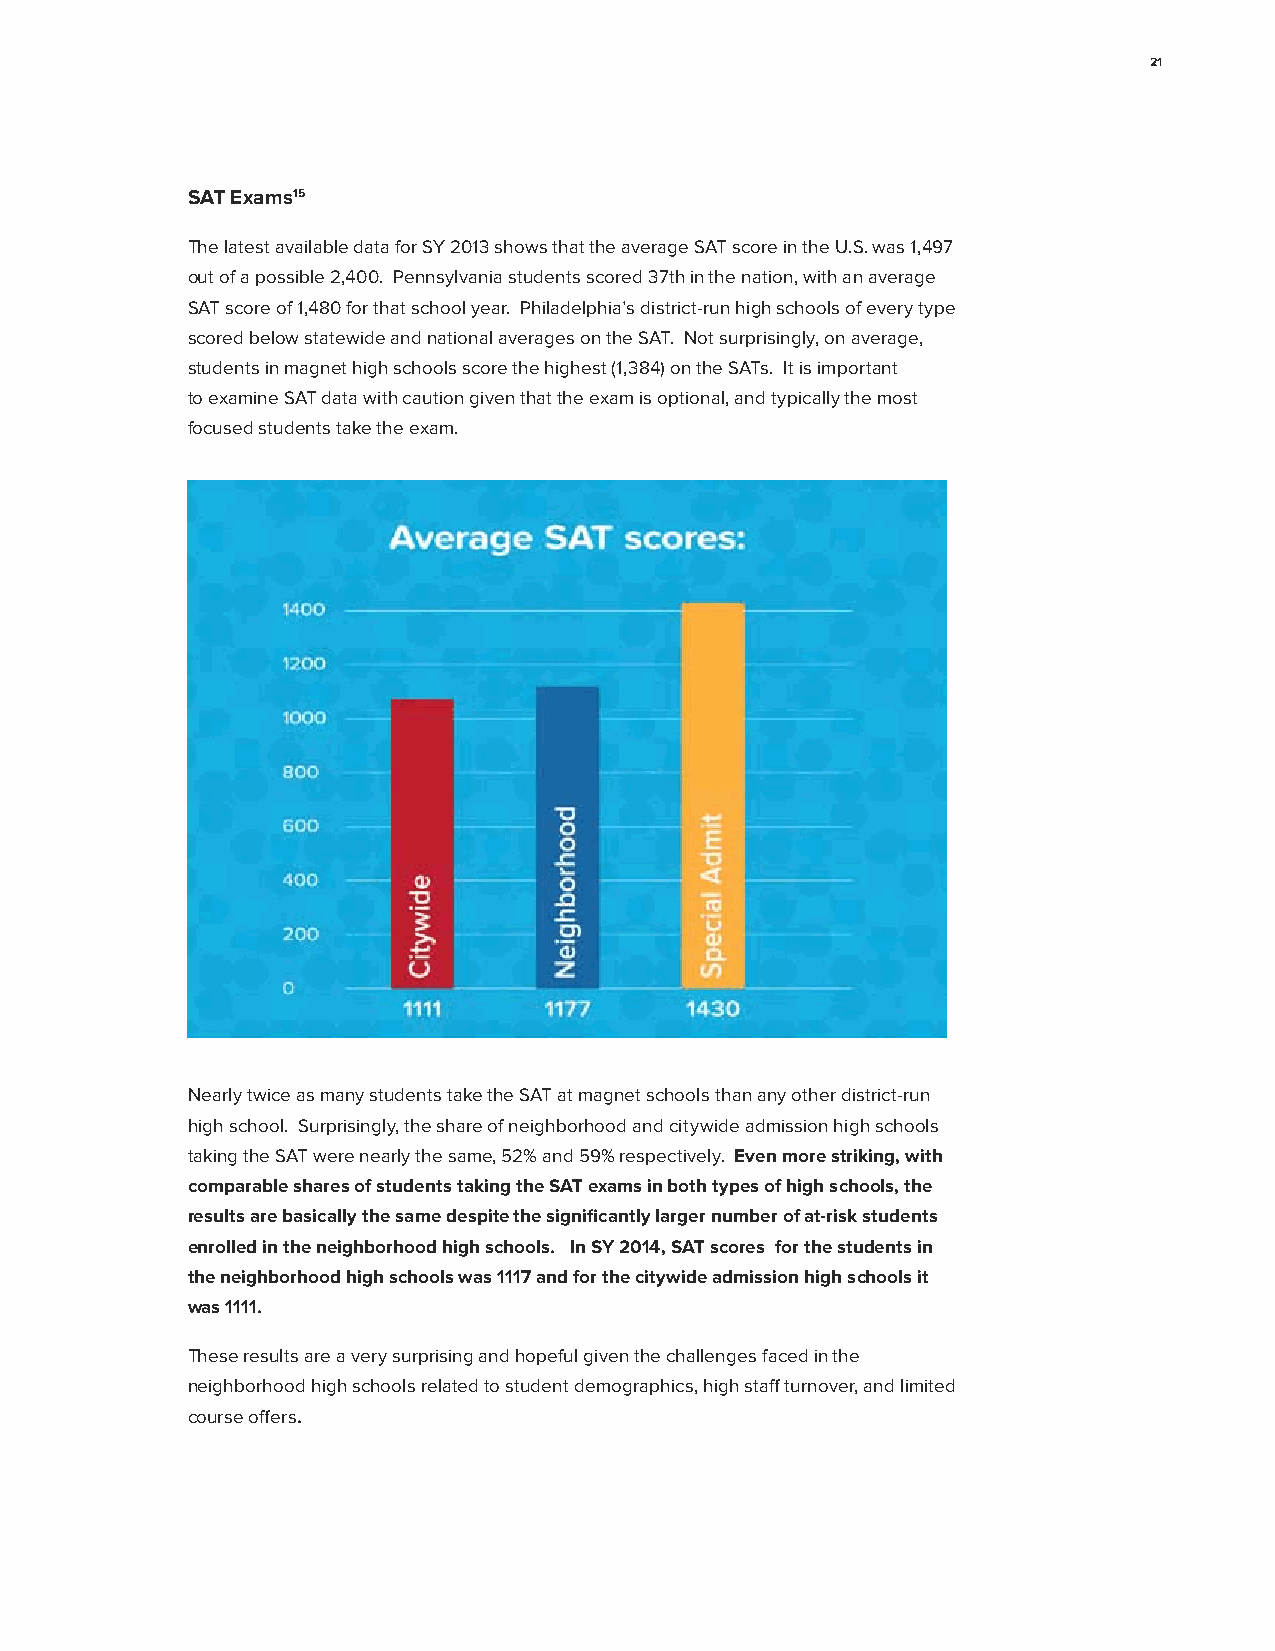
21
 SAT Exams15
 The latest available data for SY 2013 shows that the average SAT score in the U.S. was 1,497
 out of a possible 2,400. Pennsylvania students scored 37th in the nation, with an average
 SAT score of 1,480 for that school year. Philadelphia’s district-run high schools of every type
 scored below statewide and national averages on the SAT. Not surprisingly, on average,
 students in magnet high schools score the highest (1,384) on the SATs. It is important
 to examine SAT data with caution given that the exam is optional, and typically the most
 focused students take the exam.
 Nearly twice as many students take the SAT at magnet schools than any other district-run
 high school. Surprisingly, the share of neighborhood and citywide admission high schools
 taking the SAT were nearly the same, 52% and 59% respectively. Even more striking, with
 comparable shares of students taking the SAT exams in both types of high schools, the
 results are basically the same despite the significantly larger number of at-risk students
 enrolled in the neighborhood high schools. In SY 2014, SAT scores for the students in
 the neighborhood high schools was 1117 and for the citywide admission high schools it
 was 1111.
 These results are a very surprising and hopeful given the challenges faced in the
 neighborhood high schools related to student demographics, high staff turnover, and limited
 course offers.